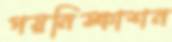
পয়নিষ্কাশন